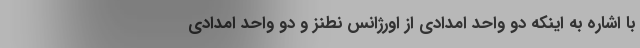
با اشاره به اینکه دو واحد امدادی از اورژانس نطنز و دو واحد امدادی